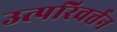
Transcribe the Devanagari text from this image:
उत्परिवर्त्तन